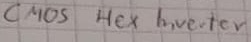
Text: CMOS Hex